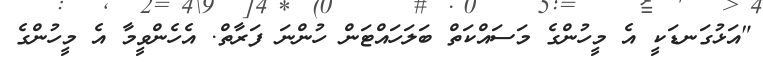
"އަޅުގަނޑަކީ އެ މީހުންގެ މަސައްކަތް ބަލަހައްޓަން ހުންނަ ފަރާތް. އެހެންވީމާ އެ މީހުންގެ